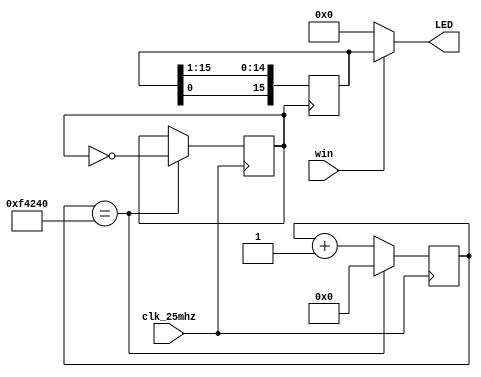
`timescale 1ns / 1ps

module win_LED( input clk_25mhz,
                input win,
                output [15:0] LED
    );

  reg [15:0] led = 16'b1010101010101010;
  reg clk_10Hz = 0;
  reg [25:0] clk_counter = 0;
  always@(posedge clk_10Hz)
    begin
        led <= {led[0], led[15:1]};
    end

assign LED = win? led : 16'd0;


always@(posedge clk_25mhz)
    begin
      if(clk_counter  == 1000000)
        begin
          clk_counter <= 0;
          clk_10Hz <= ~clk_10Hz;
        end
      else
        clk_counter <= clk_counter + 1;
    end


endmodule